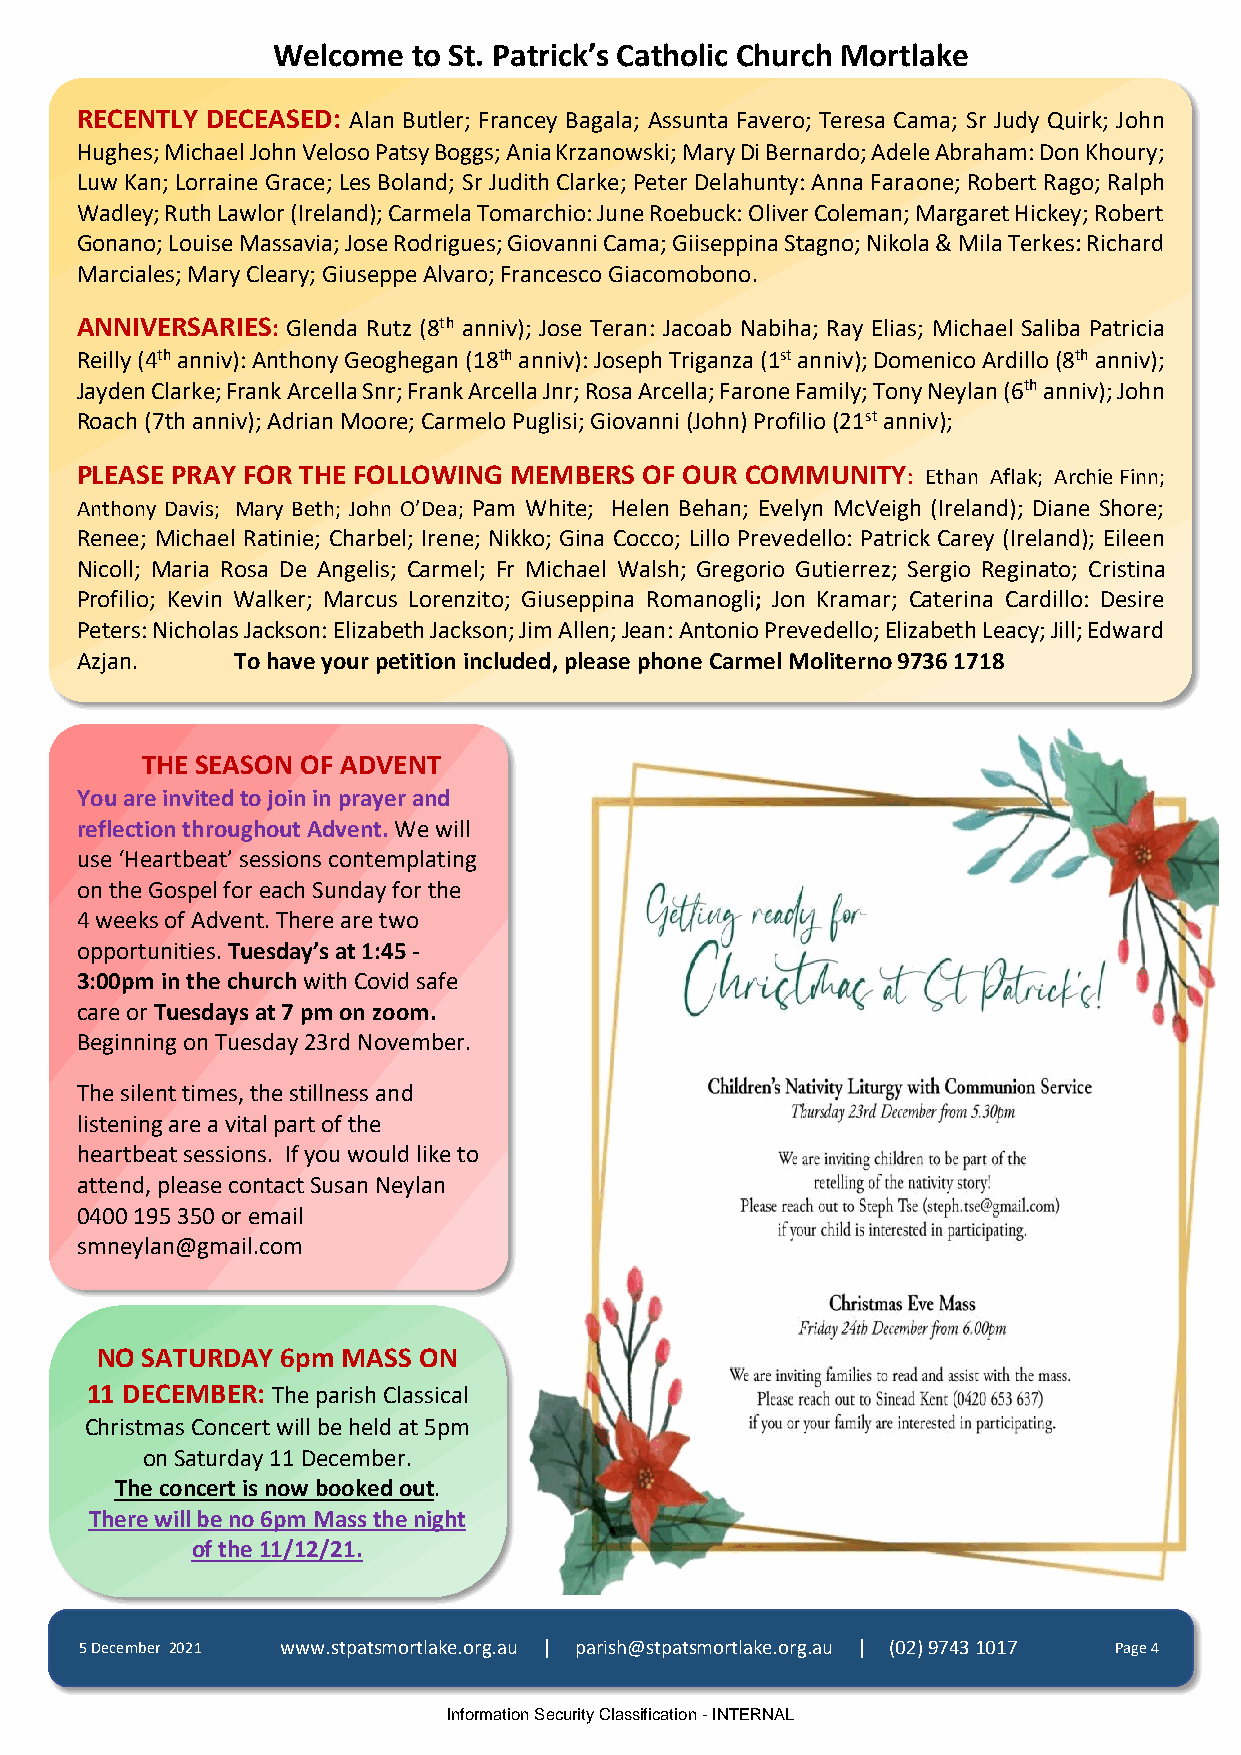
Welcome  to St. Patrick’s Catholic Church Mortlake
 RECENTLY DECEASED: Alan Butler; Francey Bagala; Assunta Favero; Teresa Cama; Sr Judy Quirk; John
 Hughes; Michael John Veloso Patsy Boggs; Ania Krzanowski; Mary Di Bernardo; Adele Abraham: Don Khoury;
 Luw Kan; Lorraine Grace; Les Boland; Sr Judith Clarke; Peter Delahunty: Anna Faraone; Robert Rago; Ralph
 Wadley; Ruth Lawlor (Ireland); Carmela Tomarchio: June Roebuck: Oliver Coleman; Margaret Hickey; Robert
 Gonano; Louise Massavia; Jose Rodrigues; Giovanni Cama; Giiseppina Stagno; Nikola & Mila Terkes: Richard
 Marciales; Mary Cleary; Giuseppe Alvaro; Francesco Giacomobono.
 ANNIVERSARIES: Glenda Rutz (8th anniv); Jose Teran: Jacoab Nabiha; Ray Elias; Michael Saliba Patricia
 Reilly (4th anniv): Anthony Geoghegan (18th anniv): Joseph Triganza (1st anniv); Domenico Ardillo (8th anniv);
 Jayden Clarke; Frank Arcella Snr; Frank Arcella Jnr; Rosa Arcella; Farone Family; Tony Neylan (6th anniv); John
 Roach (7th anniv); Adrian Moore; Carmelo Puglisi; Giovanni (John) Profilio (21st anniv);
 PLEASE PRAY FOR THE FOLLOWING MEMBERS OF OUR COMMUNITY: Ethan Aflak; Archie Finn;
 Anthony Davis; Mary Beth; John O’Dea; Pam White; Helen Behan; Evelyn McVeigh (Ireland); Diane Shore;
 Renee; Michael Ratinie; Charbel; Irene; Nikko; Gina Cocco; Lillo Prevedello: Patrick Carey (Ireland); Eileen
 Nicoll; Maria Rosa De Angelis; Carmel; Fr Michael Walsh; Gregorio Gutierrez; Sergio Reginato; Cristina
 Profilio; Kevin Walker; Marcus Lorenzito; Giuseppina Romanogli; Jon Kramar; Caterina Cardillo: Desire
 Peters: Nicholas Jackson: Elizabeth Jackson; Jim Allen; Jean: Antonio Prevedello; Elizabeth Leacy; Jill; Edward
 Azjan.    To have your petition included, please phone Carmel Moliterno 9736 1718
 THE SEASON OF ADVENT
 You are invited to join in prayer and
 reflection throughout Advent. We will
 use ‘Heartbeat’ sessions contemplating
 on the Gospel for each Sunday for the
 4 weeks of Advent. There are two
 opportunities. Tuesday’s at 1:45 -
 3:00pm in the church with Covid safe
 care or Tuesdays at 7 pm on zoom.
 Beginning on Tuesday 23rd November.
 The silent times, the stillness and
 listening are a vital part of the
 heartbeat sessions. If you would like to
 attend, please contact Susan Neylan
 0400 195 350 or email
 smneylan@gmail.com
 NO SATURDAY  6pm MASS ON
 11 DECEMBER: The parish Classical
 Christmas Concert will be held at 5pm
 on Saturday 11 December.
 The concert is now booked out.
 There will be no 6pm Mass the night
 of the 11/12/21.
 5 December 2021 www.stpatsmortlake.org.au | parish@stpatsmortlake.org.au | (02) 9743 1017 Page 4
 Information Security Classification - INTERNAL